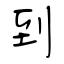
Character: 到